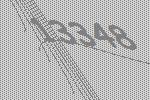
13348